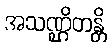
အသဏ္ဌိတန္တိ